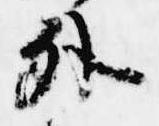
外